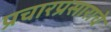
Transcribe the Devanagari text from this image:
प्रचारप्रसाराचे